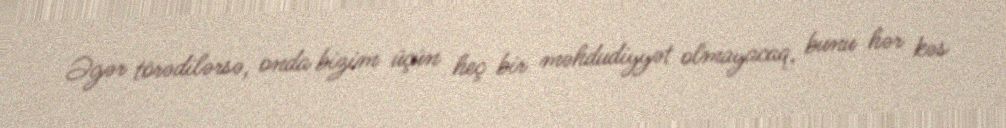
Əgər törədilərsə, onda bizim üçün heç bir məhdudiyyət olmayacaq, bunu hər kəs